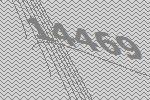
14469